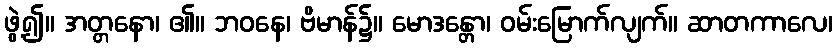
ဖွဲ့၍။ အတ္တနော၊ ၏။ ဘဝနေ၊ ဗိမာန်၌။ မောဒန္တော၊ ဝမ်းမြောက်လျက်။ ဆာတကာလေ၊